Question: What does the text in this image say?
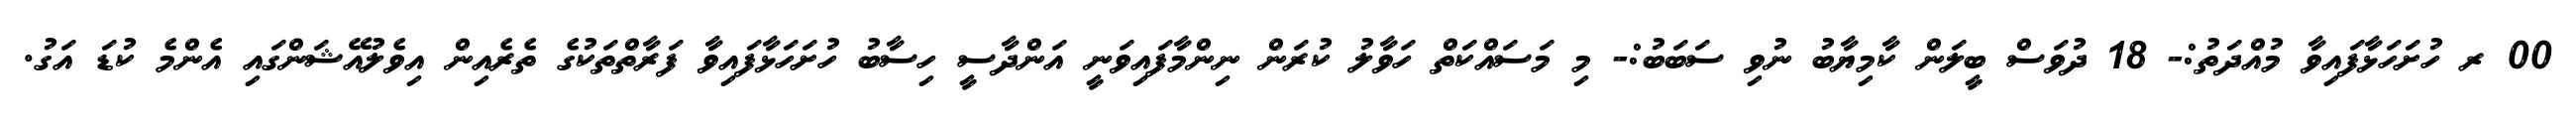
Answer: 00 ރ ހުށަހަޅާފައިވާ މުއްދަތު:- 18 ދުވަސް ބީލަން ކާމިޔާބު ނުވި ސަބަބު:- މި މަސައްކަތް ހަވާލު ކުރަން ނިންމާފައިވަނީ އަންދާސީ ހިސާބު ހުށަހަޅާފައިވާ ފަރާތްތަކުގެ ތެރެއިން އިވެލުއޭޝަންގައި އެންމެ ކުޑަ އަގު.